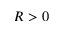
R > 0